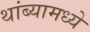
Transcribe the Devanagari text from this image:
थांब्यामध्ये